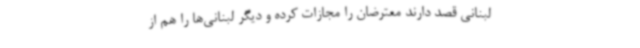
لبنانی قصد دارند معترضان را مجازات کرده و دیگر لبنانی‌ها را هم از